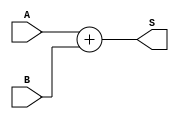
`timescale 1ns / 1ps
//////////////////////////////////////////////////////////////////////////////////
// Company: 
// Engineer: 
// 
// Design Name: 
// Module Name: adder
// Project Name: 
// Target Devices: 
// Tool Versions: 
// Description: 
// 
// Dependencies: 
// 
// Revision:
// Revision 0.01 - File Created
// Additional Comments:
// 
//////////////////////////////////////////////////////////////////////////////////


module adder (A, B, S);
    input [31:0] A, B;
    output wire [31:0] S;
    assign S = A+B;
endmodule